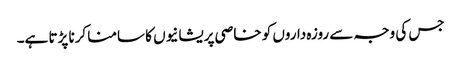
جس کی وجہ سے روزہ داروں کو خاصی پریشانیوں کا سامنا کرنا پڑتا ہے۔